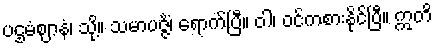
ပဌမံဈာနံ၊ သို့။ သမာပဇ္ဇိံ၊ ရောက်ပြီ။ ဝါ၊ ဝင်ကစားနိုင်ပြီ။ ဣတိ